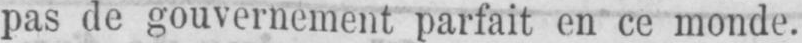
pas de gouvernement parfait en ce monde.